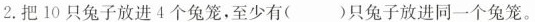
2.把10只兔子放进4个兔笼，至少有( )只兔子放进同一个兔笼。